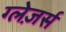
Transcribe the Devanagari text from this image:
ग्लेज़र्स